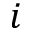
i